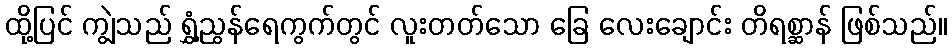
ထို့ပြင် ကျွဲသည် ရွှံ့ညွန်ရေကွက်တွင် လူးတတ်သော ခြေ လေးချောင်း တိရစ္ဆာန် ဖြစ်သည်။